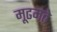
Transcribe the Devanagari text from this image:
मूढमते